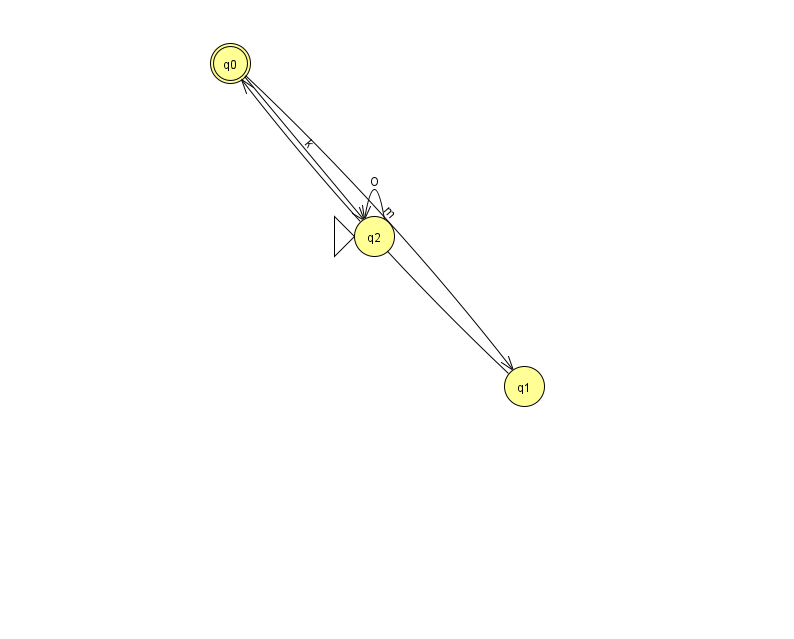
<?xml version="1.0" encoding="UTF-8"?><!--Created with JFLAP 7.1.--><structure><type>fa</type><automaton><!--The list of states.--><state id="0" name="q0"><x>230.0</x><y>50.0</y><final/></state><state id="1" name="q1"><x>524.0</x><y>373.0</y></state><state id="2" name="q2"><x>374.0</x><y>223.0</y><initial/></state><!--The list of transitions.--><transition><from>0</from><to>2</to><read>k</read></transition><transition><from>1</from><to>0</to><read>Z</read></transition><transition><from>0</from><to>1</to><read>m</read></transition><transition><from>2</from><to>2</to><read>O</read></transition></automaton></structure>